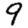
Digit: 9